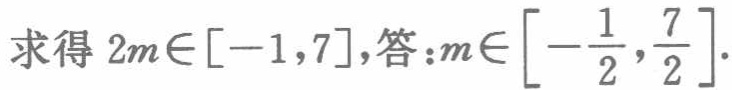
求得 \(2m\in[-1,7]\)，答：\(m\in\left[-\frac{1}{2},\frac{7}{2}\right]\).